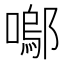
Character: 𭋒